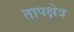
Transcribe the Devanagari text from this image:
तापक्षेत्र